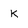
Character: k